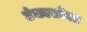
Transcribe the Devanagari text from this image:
टंकासोबत